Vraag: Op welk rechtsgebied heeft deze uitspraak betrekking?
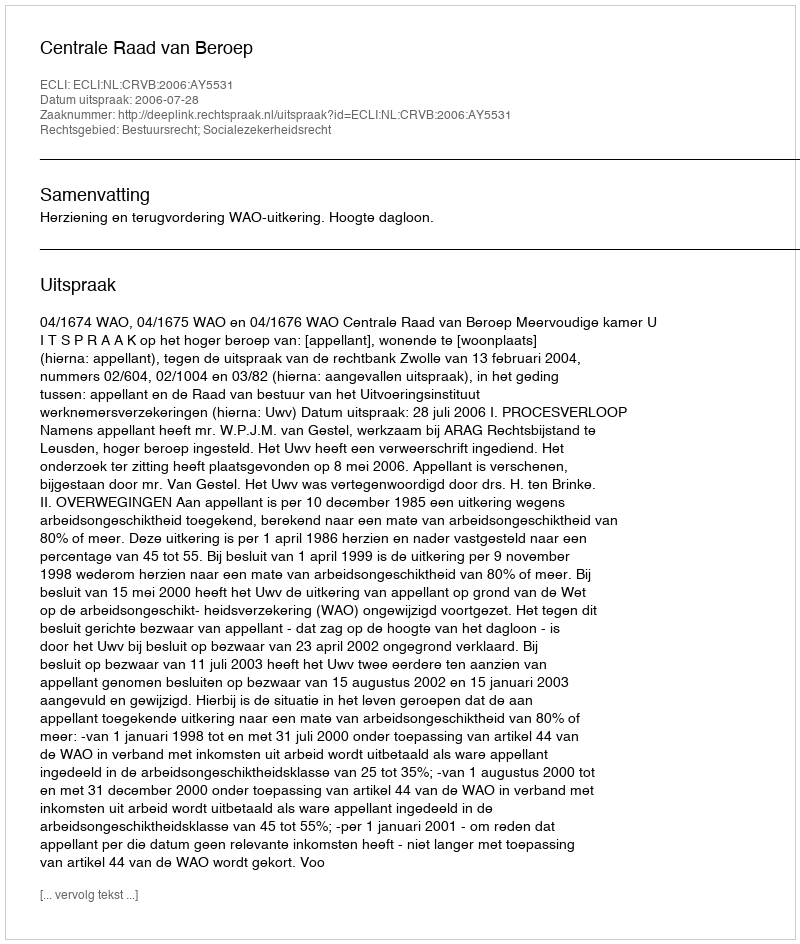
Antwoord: Bestuursrecht; Socialezekerheidsrecht